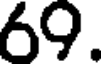
69.